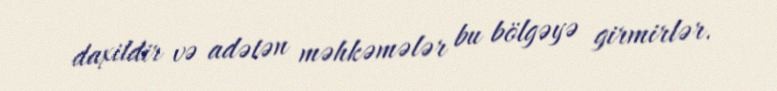
daxildir və adətən məhkəmələr bu bölgəyə girmirlər.